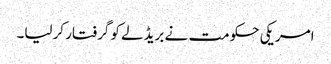
امریکی حکومت نے بریڈلے کو گرفتار کرلیا۔